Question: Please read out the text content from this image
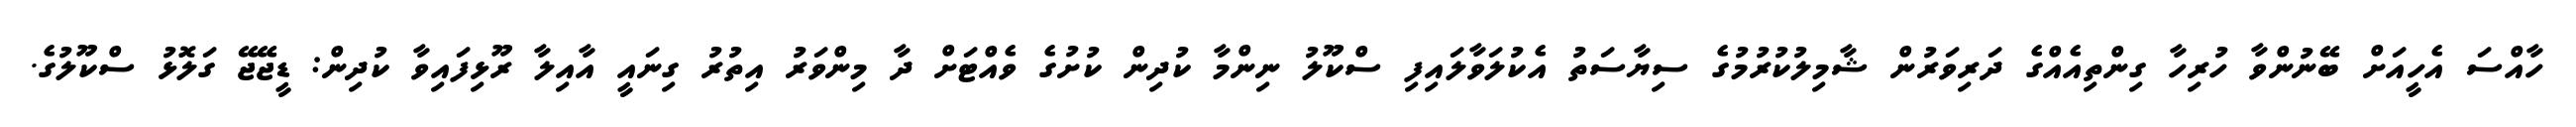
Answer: ހާއްސަ އެހީއަށް ބޭނުންވާ ހުރިހާ ގިންތިއެއްގެ ދަރިވަރުން ޝާމިލުކުރުމުގެ ސިޔާސަތު އެކުލަވާލައިފި ސްކޫލު ނިންމާ ކުދިން ކުށުގެ ވެއްޓަށް ދާ މިންވަރު އިތުރު ގިނައީ އާއިލާ ރޫޅިފައިވާ ކުދިން: ޑީޖޭޖޭ ގަލޮޅު ސްކޫލުގެ.